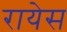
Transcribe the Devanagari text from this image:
रायेस